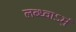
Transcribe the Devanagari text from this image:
लब्ध्वाऽमुं